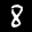
Label: 8